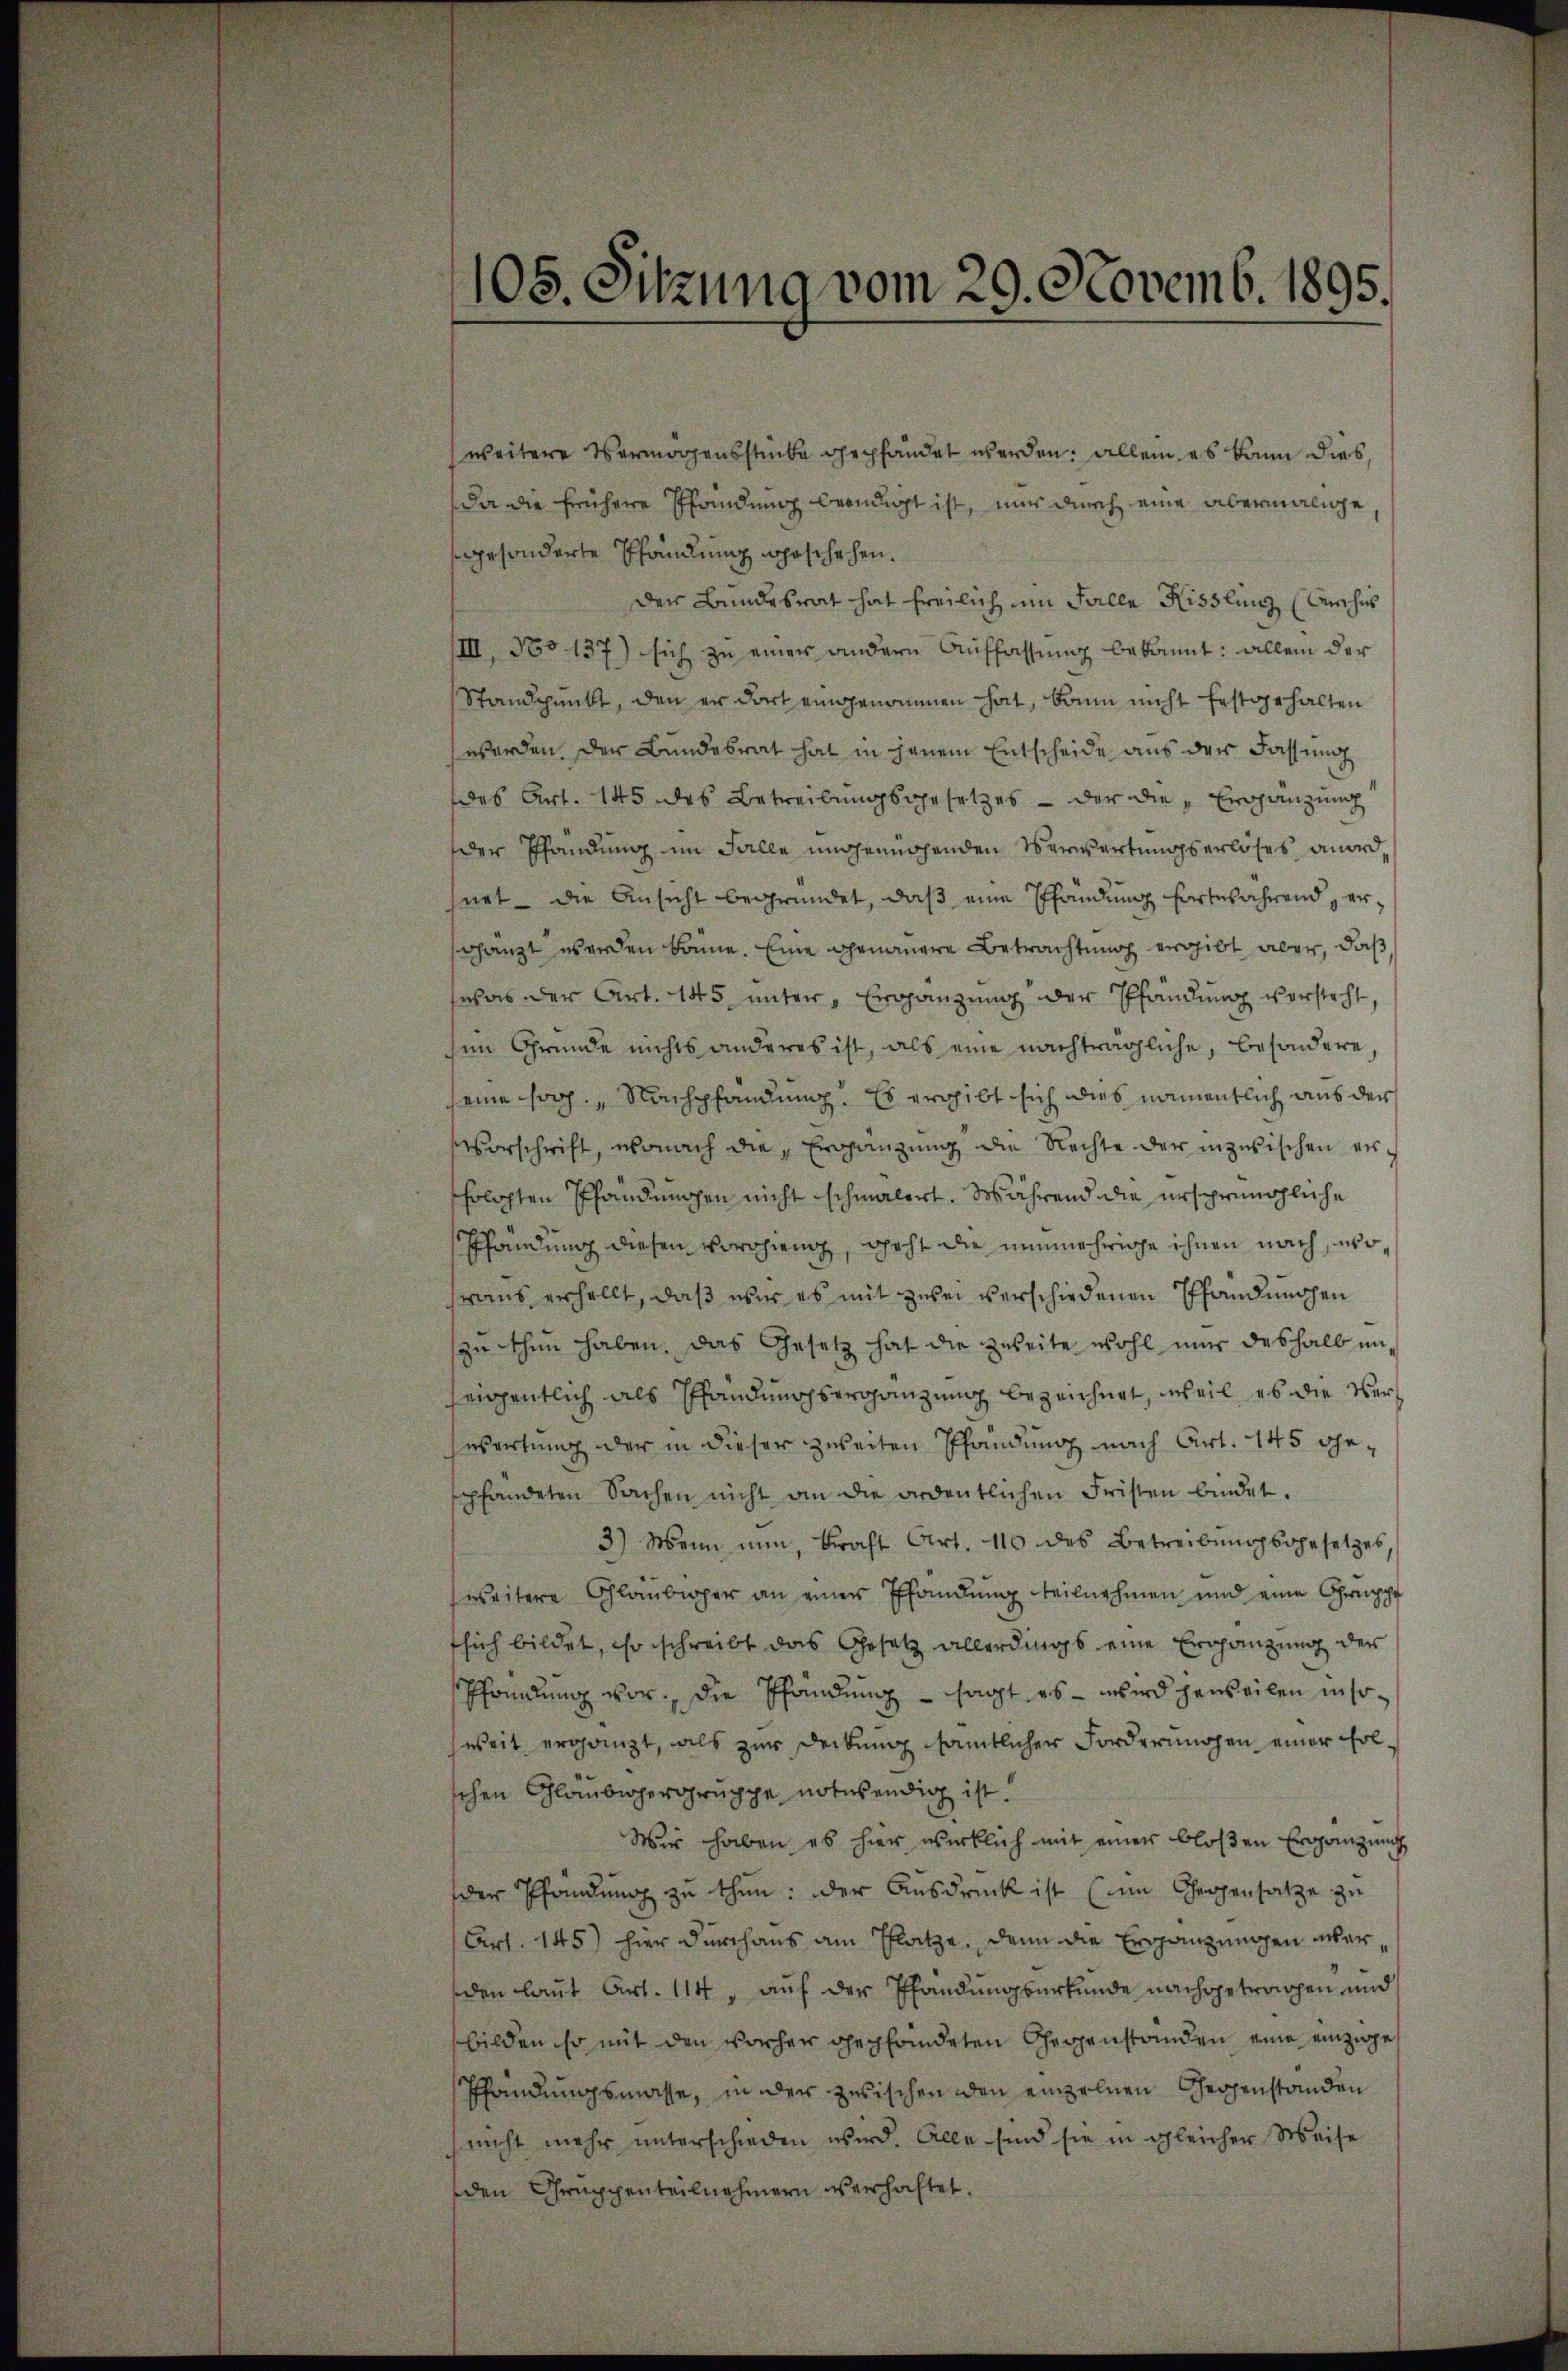
105. Sitzung vom 29. Novemb. 1895.

weitere Vermögensstücke gepfändet werden; allein es kann dies
Da die frühere Pfandung beendigt ist, nur durch eine abermalige
gesonderte Pfändung geschehen.
der Bundesrat hat freilich um Falle Kisslung (Kirches
IIII, No 137) sich zu einer andern Auffassung bekannt: allein der
Standpunkt, den er dort eingenommen hat, kann nicht festgehalten
werden. Der Bundesrat hat in jenem Entscheide aus der Fassung
des Art. 145 des Betreibungsgesetzes - der die „Ergänzung
der Pfandung im Falle ungenügenden Verwertungserlöses wird,
hnet - die Ansicht begründet, daß eine Pfändung fortwährend ershängt werden könne. Eine genauere Betrachtung ergibt aber, daß,
was der Art. 145 unter Ergänzung der Pfändung versteht,
sin Grunde nichts anderes ist, als eine nachträgliche, besondere
eine sog. Nachpfändung. Es ergibt sich dies namentlich aus der
vorschrift, wonach die „Ergänzung die Rechte der inzwischen erhrlichten Pfändungen nicht schmälert. Während die ursprüngliche
Pfändung diesen Vorogieng, geht die unmehrige ihnen nach, wohraus erhellt, daß wir es mit zwei verschiedenen Pfändungen
zu thun haben. Das Gesetz hat die zweite wohl nur deshalb unseigentlich als Pfändungsergänzung bezeichnet, weil es die Versesartung der in dieser zweiten Pfändung nach Art. 145 gepfandeten Sachen nicht an die ordentlichen Fristen bindet.
3) Wenn nun, kraft Art. 110 des Betreibŭngsgesetzes,
eseitere Glaubiger an einer Pfändung teilnehmen und eine Gruppe
tsich bildet, so schreibt das Gesetz allerdings eine Ergänzung der
spfandung vor, die Pfändung - sagt es – wird jeweilen in soweit ergänzt, als zur Deckung sämtlicher Forderungen einer folschen Gläubiger gruppe notwendig ist!
Wir haben es hier wirklich mit einer bloßen Ergänzung
der Pfändung zu thun: der Ausdruck ist (im Gegensatze zu
Art. 145) hier durchaus am Platze, denn die Ergänzungen überden laut Art. 114, auf der Pfändungsurkunde nachgetrachen, und
bilden so mit den vorher gepfändeten Gegenständen eine einzige
Pfändungsmasse, in der zwischen den einzelnen Gegenständen
(nicht mehr unterschieden wird. Alle sind sie in gleicher Weise
den Gruppenteilnehmern verhaftet.